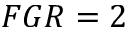
F G R = 2